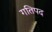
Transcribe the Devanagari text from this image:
गतिपद